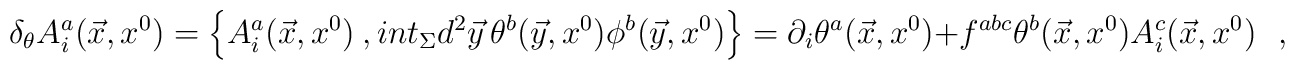
\delta_\theta A^a_i(\vec{x},x^0)=\Big\{A^a_i(\vec{x},x^0)\ ,\\int_\Sigma d^2\vec{y}\,\theta^b(\vec{y},x^0)\phi^b(\vec{y},x^0)\Big\}=\partial_i\theta^a(\vec{x},x^0)+f^{abc}\theta^b(\vec{x},x^0)A^c_i(\vec{x},x^0)\ \ \ ,\ \ \